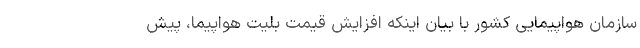
سازمان هواپیمایی کشور با بیان اینکه افزایش قیمت بلیت هواپیما، پیش